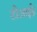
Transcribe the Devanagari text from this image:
टीआईइ